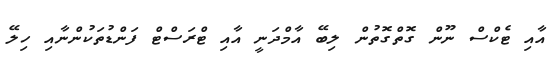
އާއި ޓެކްސް ނޫން ގޮތްގޮތުން ލިބޭ އާމްދަނީ އާއި ޓްރަސްޓް ފަންޑުތަކުންނާއި ހިލޭ